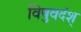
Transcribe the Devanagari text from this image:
विषुवदंश्